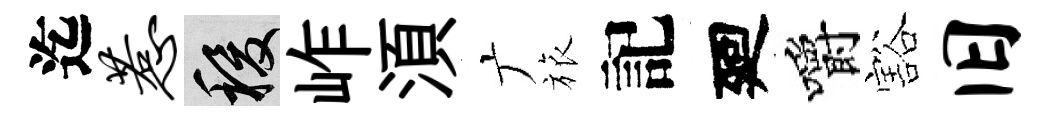
迄惹稷岞湏广旅記廻嚼豁旧